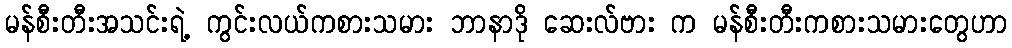
မန်စီးတီးအသင်းရဲ့ ကွင်းလယ်ကစားသမား ဘာနာဒို ဆေးလ်ဗား က မန်စီးတီးကစားသမားတွေဟာ